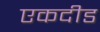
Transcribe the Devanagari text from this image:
एकदीड